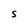
Character: S